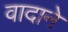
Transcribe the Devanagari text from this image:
वादाने